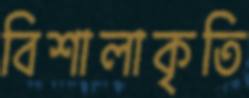
বিশালাকৃতি